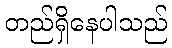
တည်ရှိနေပါသည်